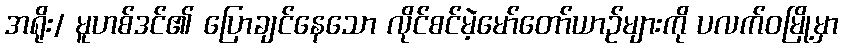
အရိုး/ မူဟစ်ဒင်၏ ပြောချင်နေသော လိုင်စင်မဲ့မော်တော်ယာဉ်များကို ပလက်ဝမြို့မှာ